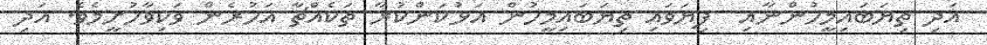
އަދި ތިޔަބައިމީހުންނާއި  ފިޔަވައި ތިޔަބައިމީހުން އަޅުކަންކުރާ ތަކެއްޗާ އަހުރެން ވަކިވާހުށީމެވެ. އަދި